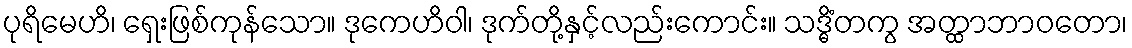
ပုရိမေဟိ၊ ရှေးဖြစ်ကုန်သော။ ဒုကေဟိဝါ၊ ဒုက်တို့နှင့်လည်းကောင်း။ သဒ္ဓိံတကွ အတ္ထာဘာဝတော၊